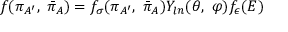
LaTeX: f ( \pi _ { A ^ { \prime } } , \ { \bar { \pi } } _ { A } ) = f _ { \sigma } ( \pi _ { A ^ { \prime } } , \ { \bar { \pi } } _ { A } ) Y _ { l n } ( \theta , \ \varphi ) f _ { \epsilon } ( E )